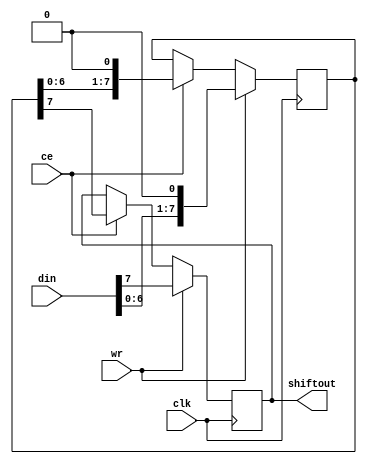
// ====================================================================
//                         VECTOR-06C FPGA REPLICA
//
// 					Copyright (C) 2007, Viacheslav Slavinsky
//
// This core is distributed under modified BSD license. 
// For complete licensing information see LICENSE.TXT.
// -------------------------------------------------------------------- 
//
// An open implementation of Vector-06C home computer
//
// 
// Design File: shiftreg2.v
//
// A parallel-load 1-bit shift-out register with (semi) asynchronous load.
//
// --------------------------------------------------------------------

module shiftreg2(clk, ce, din, wr, shiftout);
	input 		clk;
	input 		ce;
	input [7:0] din;
	input 		wr;
	output reg 	shiftout;

reg [7:0] data;

always @(posedge clk) begin
	if (wr) begin
		data <= {din[6:0],1'b0};
		shiftout <= din[7];
	end
	else begin 
		if (ce) begin
			shiftout <= data[7];
			data <= data << 1;
		end
	end
end

endmodule

// $Id$